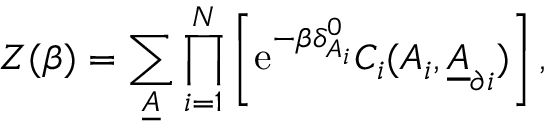
Z ( \beta ) = \sum _ { \underline { { A } } } \prod _ { i = 1 } ^ { N } \left[ \mathrm { e } ^ { - \beta \delta _ { A _ { i } } ^ { 0 } } C _ { i } ( A _ { i } , \underline { { A } } _ { \partial i } ) \right] ,